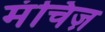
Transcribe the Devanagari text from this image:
मंचिज़